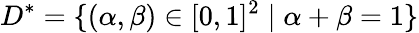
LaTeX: D^{*}=\{ (\alpha,\beta)\in[0,1]^{2}\mid\alpha+\beta=1\}